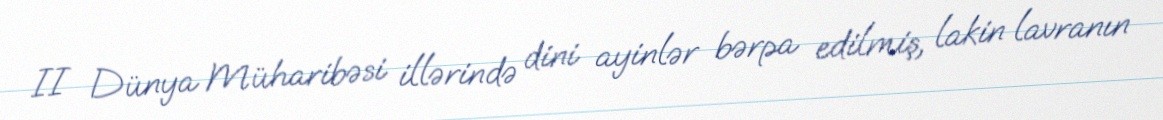
II Dünya Müharibəsi illərində dini ayinlər bərpa edilmiş, lakin lavranın